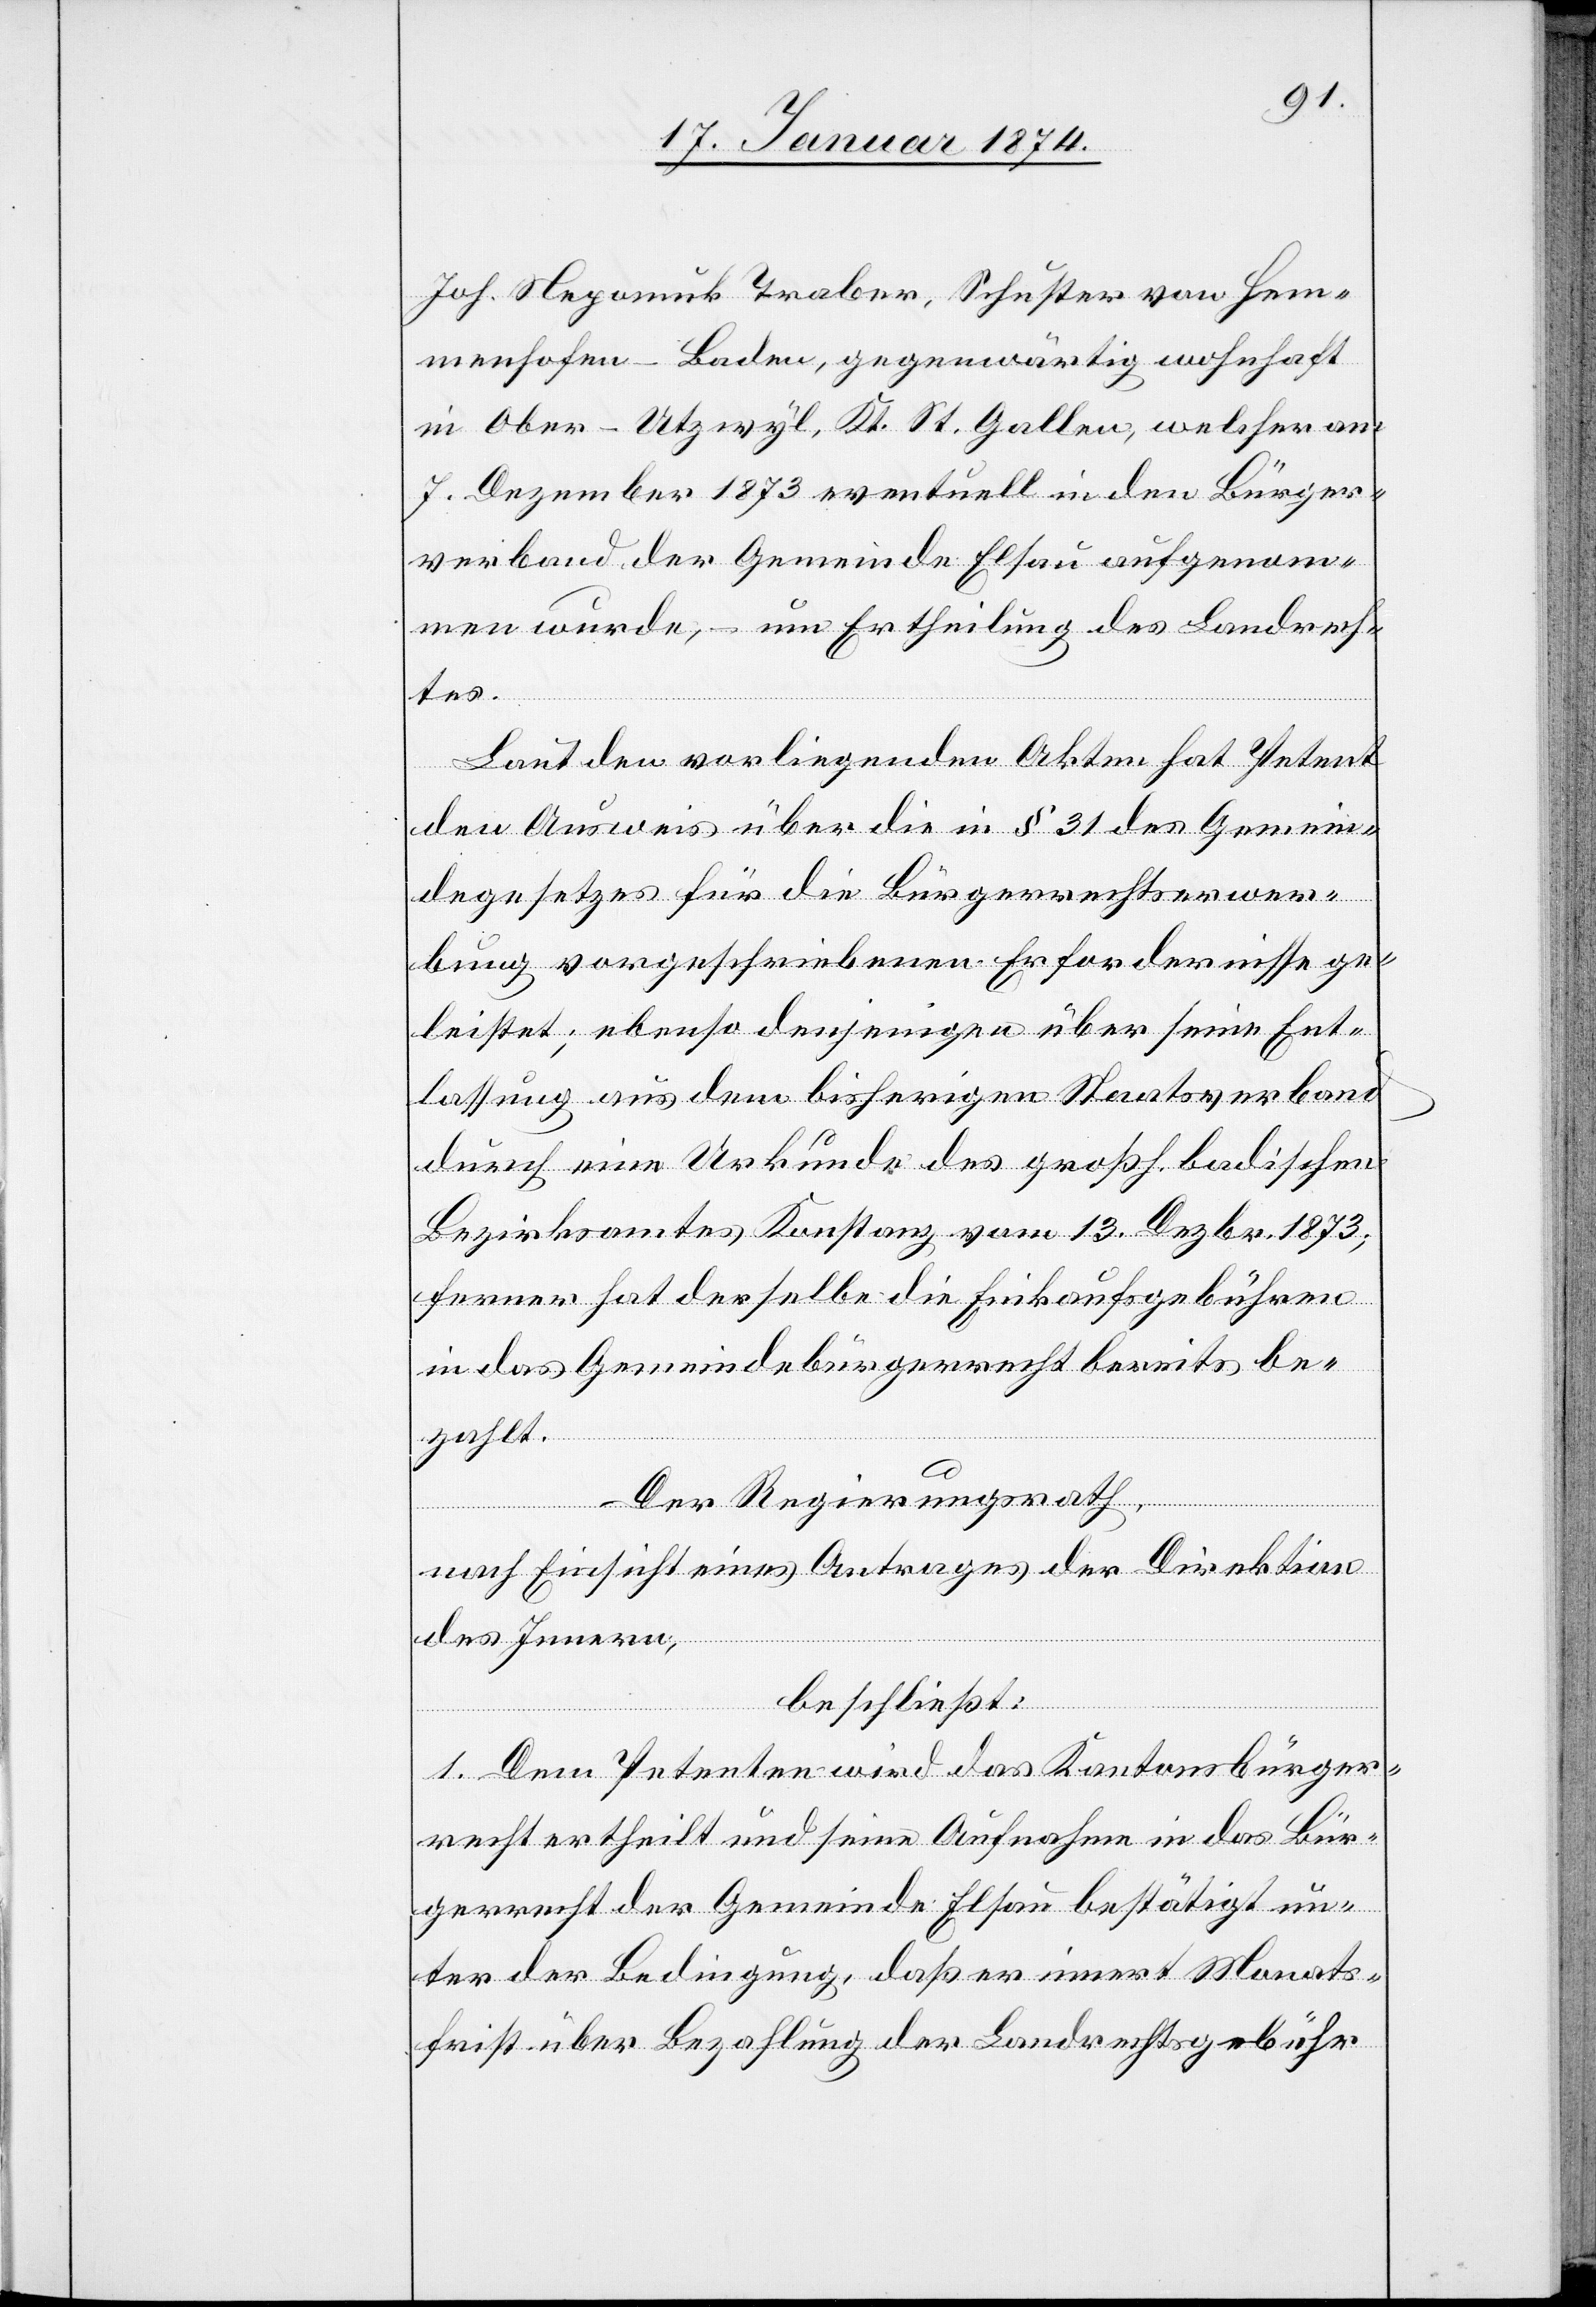
Joh. Nepomuk Traber, Schuster von Hem¬
menhofen - Baden, gegenwärtig wohnhaft
in Ober-Utzwyl, Kt. St. Gallen, welcher am
7. Dezember 1873 eventuell in den Bürger¬
verband der Gemeinde Elsau aufgenom¬
men wurde, um Ertheilung des Landrech¬
tes.
Laut vorliegenden Akten hat Petent
den Ausweis über die in § 31 des Gemein¬
degesetzes für die Bürgerrechtserwer¬
bung vorgeschriebenen Erfordernisse ge¬
leistet, ebenso denjenigen über seine Ent¬
lassung aus dem bisherigen Staatsverband
durch eine Urkunde des großh. badischen
Bezirksamtes Konstanz, vom 13. Dezbr. 1873;
ferner hat derselbe die Einkaufsgebühren
in das Gemeindebürgerrecht bereits be¬
zahlt.
Der Regierungsrath,
nach Einsicht eines Antrages der Direktion
des Innern,
beschließt:
1. Dem Petenten wird das Kantonsbürger¬
recht ertheilt und seine Aufnahme in das Bür¬
gerrecht der Gemeinde Elsau bestätigt un¬
ter der Bedingung, daß er innert Monats¬
frist über Bezahlung der Landrechtsgebühr